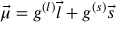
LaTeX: { \vec { \mu } } = g ^ { ( l ) } { \vec { l } } + g ^ { ( s ) } { \vec { s } }